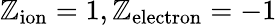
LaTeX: \mathbb{Z}_{\mathrm{{ion}}}=1,\mathbb{Z}_{\mathrm{{electron}}}=-1